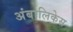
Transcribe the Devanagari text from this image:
अंबालिकेस